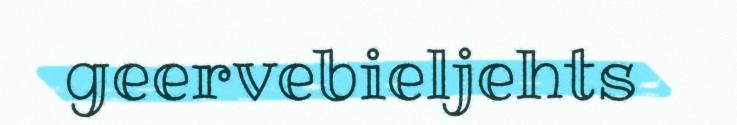
geervebieljehts